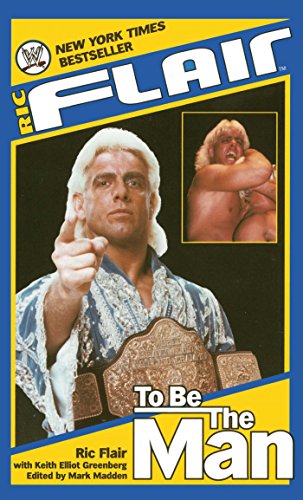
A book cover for Ric Flair: To Be the Man (WWE); Ric Flair; Sports & Outdoors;